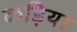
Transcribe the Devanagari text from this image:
कड़िया